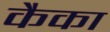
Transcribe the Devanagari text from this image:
कैका